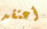
أعتقد